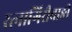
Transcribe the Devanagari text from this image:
रत्‍नागिरीवाङी